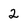
Character: 2